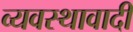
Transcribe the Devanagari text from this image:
व्यवस्थावादी